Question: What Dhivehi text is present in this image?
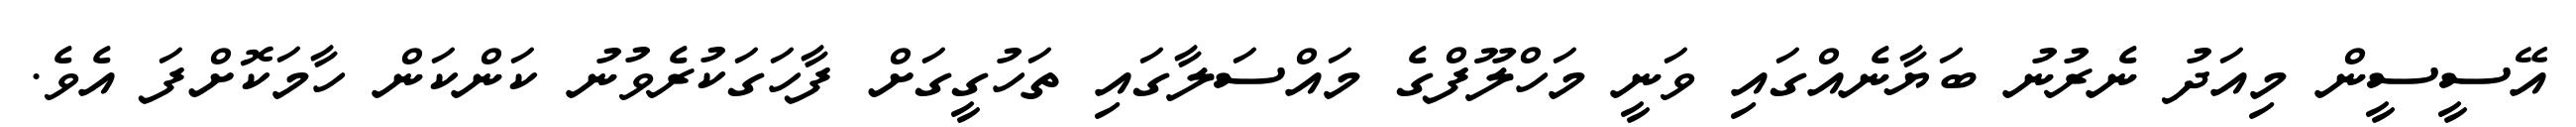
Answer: އޭސީސީން މިއަދު ނެރުނު ބަޔާނެއްގައި ވަނީ މަހްލޫފްގެ މައްސަލާގައި ތަހުގީގަށް ފާހަގަކުރެވުނު ކަންކަން ހާމަކޮށްފަ އެވެ.